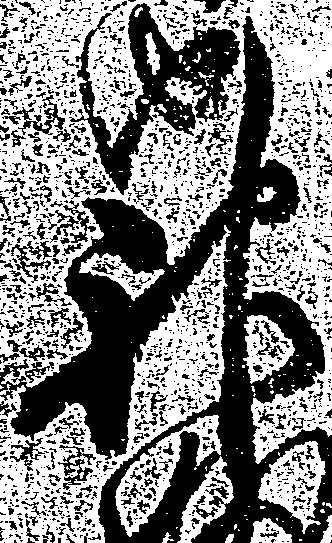
神